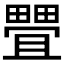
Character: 𰣖